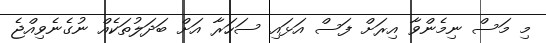
މި މަސް ނިމެންވާ އިރަށް ފަސް އަޅައި ސަހަރާ އަށް ބަދަލުތަކެއް ނުގެނެވިއްޖެ